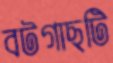
বটগাছটি